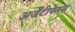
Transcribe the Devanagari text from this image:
अर्जेंटीफेरस